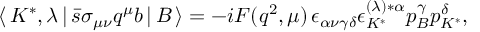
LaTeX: \langle \, K ^ { * } , \lambda \, | \, \bar { s } \sigma _ { \mu \nu } q ^ { \mu } b \, | \, B \, \rangle = - i F ( q ^ { 2 } , \mu ) \, \epsilon _ { \alpha \nu \gamma \delta } \epsilon _ { K ^ { * } } ^ { ( \lambda ) * \alpha } p _ { B } ^ { \gamma } p _ { K ^ { * } } ^ { \delta } ,